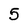
Character: 5